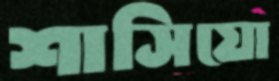
শাসিয়ো